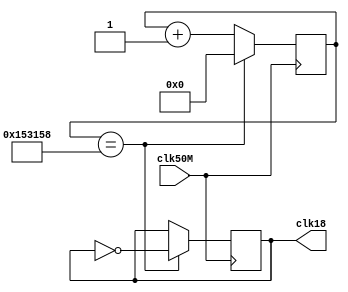
module Divisor18hz(
input clk50M,
output reg clk18
);

reg [25:0] contador;

always @(posedge clk50M)
	begin
		if(contador == 25000000/18)
			begin
				clk18 = ~clk18;
				contador = 0;
			end
		else
			contador = contador + 1;
	end
endmodule